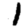
Digit: 1